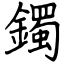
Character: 鐲